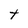
Character: t